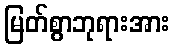
မြတ်စွာဘုရားအား